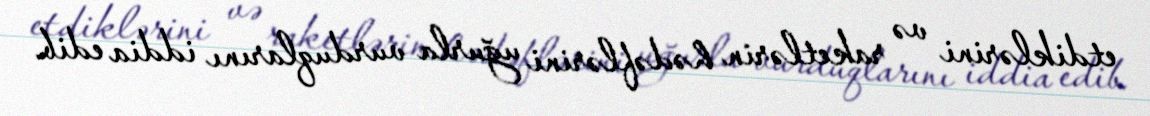
etdiklərini və raketlərin hədəflərini uğurla vurduqlarını iddia edib.